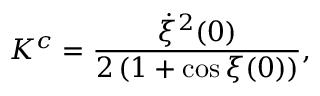
K ^ { c } = \frac { \dot { \xi } ^ { 2 } ( 0 ) } { 2 \left( 1 + \cos \xi ( 0 ) \right) } ,